Civil Veterinary Department Bengal reports 1923-33 - 1923-1933
Year: 1923
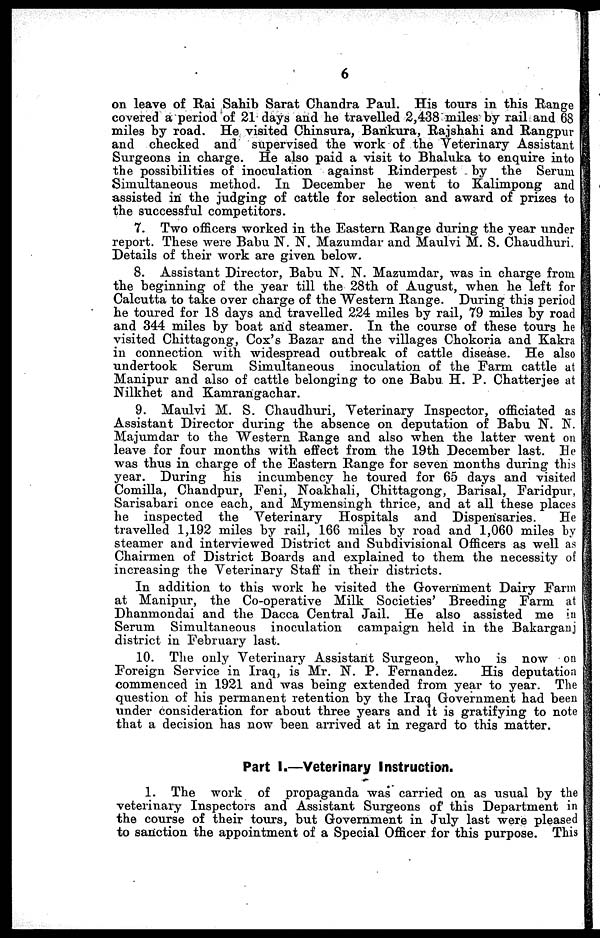
6
on leave of Rai Sahib Sarat Chandra Paul. His tours in this Range
covered a period of 21 days and he travelled 2,438 miles by rail and 68
miles by road. He visited Chinsura, Bankura, Rajshahi and Rangpur
and checked and supervised the work of the Veterinary Assistant
Surgeons in charge. He also paid a visit to Bhaluka to enquire into
the possibilities of inoculation against Rinderpest by the Serum
Simultaneous method. In December he went to Kalimpong and
assisted in the judging of cattle for selection and award of prizes to
the successful competitors.
7. Two officers worked in the Eastern Range during the year under
report. These were Babu N. N. Mazumdar and Maulvi M. S. Chaudhuri.
Details of their work are given below.
8. Assistant Director, Babu N. N. Mazumdar, was in charge from
the beginning of the year till the 28th of August, when he left for
Calcutta to take over charge of the Western Range. During this period
he toured for 18 days and travelled 224 miles by rail, 79 miles by road
and 344 miles by boat and steamer. In the course of these tours he
visited Chittagong, Cox's Bazar and the villages Chokoria and Kakra
in connection with widespread outbreak of cattle disease. He also
undertook Serum Simultaneous inoculation of the Farm cattle at
Manipur and also of cattle belonging to one Babu H. P. Chatterjee at
Nilkhet and Kamrangachar.
9. Maulvi M. S. Chaudhuri, Veterinary Inspector, officiated as
Assistant Director during the absence on deputation of Babu N. N.
Majumdar to the Western Range and also when the latter went on
leave for four months with effect from the 19th December last. He
was thus in charge of the Eastern Range for seven months during this
year. During his incumbency he toured for 65 days and visited
Comilla, Chandpur, Feni, Noakhali, Chittagong, Barisal, Faridpur,
Sarisabari once each, and Mymensingh thrice, and at all these places
he inspected the Veterinary Hospitals and Dispensaries.
He
travelled 1,192 miles by rail, 166 miles by road and 1,060 miles by
steamer and interviewed District and Subdivisional Officers as well as
Chairmen of District Boards and explained to them the necessity of
increasing the Veterinary Staff in their districts.
In addition to this work he visited the Government Dairy Farm
at Manipur, the Co-operative Milk Societies' Breeding Farm at
Dhanmondai and the Dacca Central Jail. He also assisted me in
Serum Simultaneous inoculation campaign held in the Bakarganj
district in February last.
10. The only Veterinary Assistant Surgeon, who is now on
Foreign Service in Iraq, is Mr. N. P. Fernandez.
His deputation
commenced in 1921 and was being extended from year to year. The
question of his permanent retention by the Iraq Government had been
under consideration for about three years and it is gratifying to note
that a decision has now been arrived at in regard to this matter.
Part I.—Veterinary Instruction.
1. The work of propaganda was carried on as usual by the
veterinary Inspectors and Assistant Surgeons of this Department in
the course of their tours, but Government in July last were pleased
to sanction the appointment of a Special Officer for this purpose. This